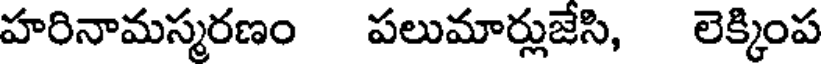
హరినామస్మరణం పలుమార్లుజేసి, లెక్కింప